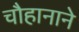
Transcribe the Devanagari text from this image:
चौहानाने